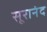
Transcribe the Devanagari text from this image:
सूरानंद